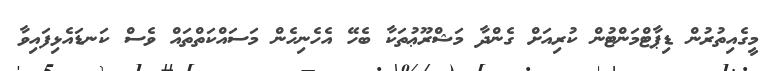
މީގެއިތުރުން ޑިޕާޓްމަންޓުން ކުރިއަށް ގެންދާ މަޝްރޫޢުތަކާ ބެހޭ އެހެނިހެން މަސައްކަތްތައް ވެސް ކަނޑައެޅިފައިވާ